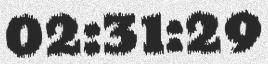
02:31:29